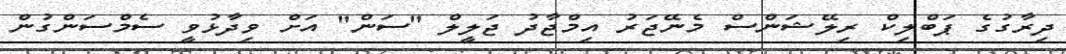
ދިރާގުގެ ޕަބްލިކް ރިލޭޝަންސް މެނޭޖަރު އިމްޖާދު ޖަލީލް "ސަން" އަށް ވިދާޅުވީ ސެމްސަންގުން